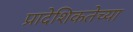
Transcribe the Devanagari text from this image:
प्रादेशिकतेच्या